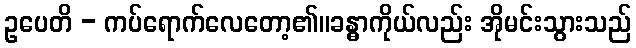
ဥပေတိ - ကပ်ရောက်လေတော့၏။ခန္ဓာကိုယ်လည်း အိုမင်းသွားသည်